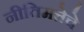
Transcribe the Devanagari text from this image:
नीतिमत्तेचे